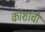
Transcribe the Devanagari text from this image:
कोशांची